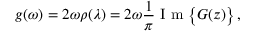
g ( \omega ) = 2 \omega \rho ( \lambda ) = 2 \omega \frac { 1 } { \pi } \mathrm { ~ I ~ m ~ } \big \{ G ( z ) \big \} \, ,